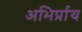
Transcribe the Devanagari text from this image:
अभिर्प्राय